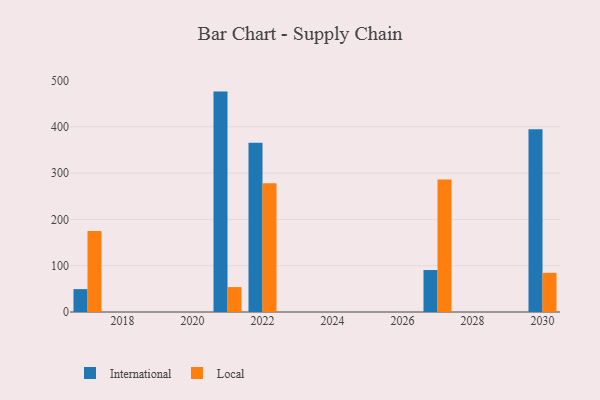
{"axis": {"x": "Year", "y": "Waste Production (Tons)"}, "legend": ["International", "Local"], "data": [{"x": "2027", "y": 90.6, "type": "International"}, {"x": "2027", "y": 286.3, "type": "Local"}, {"x": "2030", "y": 394.4, "type": "International"}, {"x": "2030", "y": 84.6, "type": "Local"}, {"x": "2017", "y": 49.4, "type": "International"}, {"x": "2017", "y": 175.1, "type": "Local"}, {"x": "2022", "y": 365.7, "type": "International"}, {"x": "2022", "y": 278.0, "type": "Local"}, {"x": "2021", "y": 475.9, "type": "International"}, {"x": "2021", "y": 53.8, "type": "Local"}]}